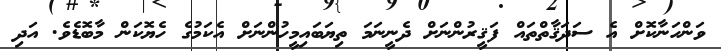
ވަންހަނާކޮށް އެ ސަދަޤާތްތައް ފަޤީރުންނަށް ދެނީނަމަ ތިޔަބައިމީހުންނަށް އެކަމުގެ ހެޔޮކަން މާބޮޑެވެ. އަދި